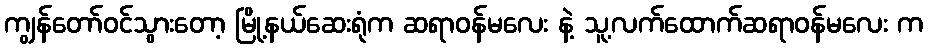
ကျွန်တော်ဝင်သွားတော့ မြို့နယ်ဆေးရုံက ဆရာဝန်မလေး နဲ့ သူ့လက်ထောက်ဆရာဝန်မလေး က